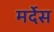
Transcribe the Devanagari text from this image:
मर्देस